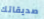
صديقاتك